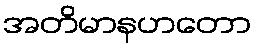
အတိမာနဟတော